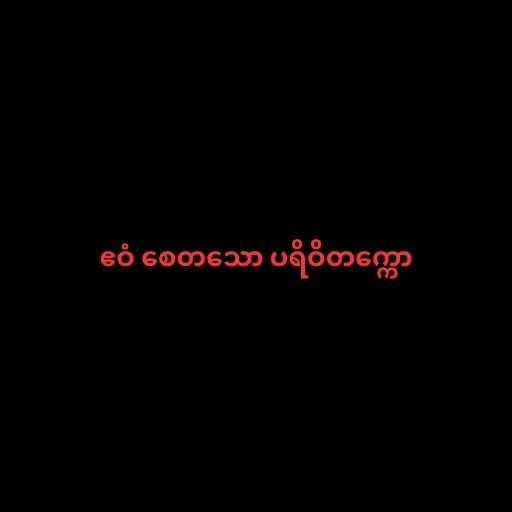
ဧဝံ စေတသော ပရိဝိတက္ကော